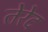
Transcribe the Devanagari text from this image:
तेरेद